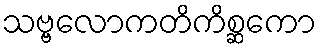
သဗ္ဗလောကတိကိစ္ဆကော